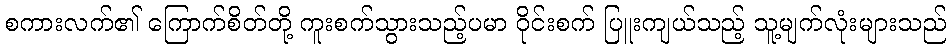
စကားလက်၏ ကြောက်စိတ်တို့ ကူးစက်သွားသည့်ပမာ ဝိုင်းစက် ပြူးကျယ်သည့် သူ့မျက်လုံးများသည်